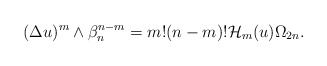
\begin{align*} (\Delta u)^{m}\wedge \beta_n ^{n-m}=m!(n-m)!\mathcal{H}_m(u)\Omega_{2n}. \end{align*}